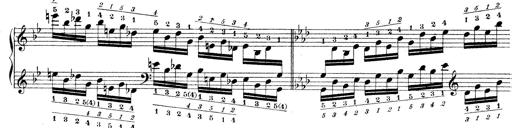
Title: Technische Studien
Composer: Franz Liszt